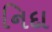
નિદા